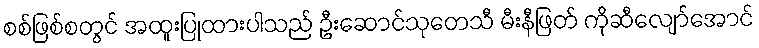
စစ်ဖြစ်စတွင် အထူးပြုထားပါသည် ဦးဆောင်သုတေသီ မီးနီဖြတ် ကိုဆီလျော်အောင်